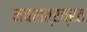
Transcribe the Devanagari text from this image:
नवरात्रव्रत